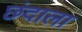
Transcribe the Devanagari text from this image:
छंदाला